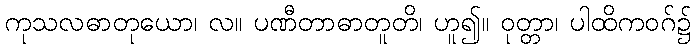
ကုသလဓာတုယော၊ လ။ ပဏီတာဓာတူတိ၊ ဟူ၍။ ဝုတ္တာ၊ ပါထိကဝဂ်၌